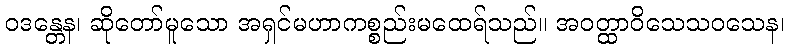
ဝဒန္တေန၊ ဆိုတော်မူသော အရှင်မဟာကစ္စည်းမထေရ်သည်။ အဝတ္ထာဝိသေသဝသေန၊